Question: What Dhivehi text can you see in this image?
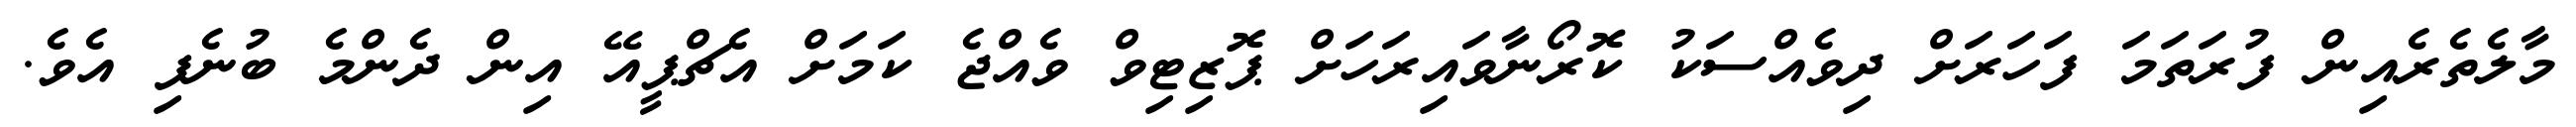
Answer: މާލެތެރެއިން ފުރަތަމަ ފަހަރަށް ދިވެއްސަކު ކޮރޯނާވައިރަހަށް ޕޮޒިޓިވް ވެއްޖެ ކަމަށް އެޗްޕީއޭ އިން ދެންމެ ބުނެފި އެވެ.